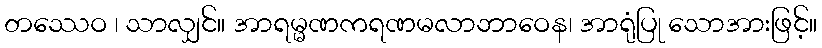
တဿေဝ ၊ သာလျှင်။ အာရမ္မဏကရဏမလာဘာဝေန၊ အာရုံပြု သောအားဖြင့်။